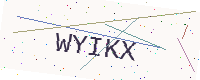
Text: WYIKX